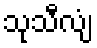
သုသီလျံ